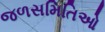
જળસમિતિઓ